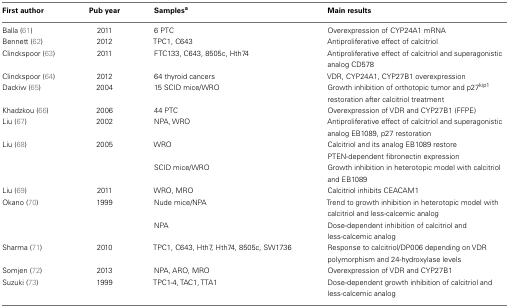
<table><thead><tr><td><b>First author</b></td><td><b>Pub year</b></td><td><b>Samples<sup>a</sup></b></td><td><b>Main results</b></td></tr></thead><tbody><tr><td>Balla (61)</td><td>2011</td><td>6 PTC</td><td>Overexpression of CYP24A1 mRNA</td></tr><tr><td>Bennett (62)</td><td>2012</td><td>TPC1, C643</td><td>Antiproliferative effect of calcitriol</td></tr><tr><td>Clinckspoor (63)</td><td>2011</td><td>FTC133, C643, 8505c, Hth74</td><td>Antiproliferative effect of calcitriol and superagonistic analog CD578</td></tr><tr><td>Clinckspoor (64)</td><td>2012</td><td>64 thyroid cancers</td><td>VDR, CYP24A1, CYP27B1 overexpression</td></tr><tr><td>Dackiw (65)</td><td>2004</td><td>15 SCID mice/WRO</td><td>Growth inhibition of orthotopic tumor and p27<sup>kip1</sup> restoration after calcitriol treatment</td></tr><tr><td>Khadzkou (66)</td><td>2006</td><td>44 PTC</td><td>Overexpression of VDR and CYP27B1 (FFPE)</td></tr><tr><td>Liu (67)</td><td>2002</td><td>NPA, WRO</td><td>Antiproliferative effect of calcitriol and superagonistic analog EB1089, p27 restoration</td></tr><tr><td>Liu (68)</td><td>2005</td><td>WRO</td><td>Calcitriol and its analog EB1089 restore PTEN-dependent fibronectin expression</td></tr><tr><td></td><td></td><td>SCID mice/WRO</td><td>Growth inhibition in heterotopic model with calcitriol and EB1089</td></tr><tr><td>Liu (69)</td><td>2011</td><td>WRO, MRO</td><td>Calcitriol inhibits CEACAM1</td></tr><tr><td>Okano (70)</td><td>1999</td><td>Nude mice/NPA</td><td>Trend to growth inhibition in heterotopic model with calcitriol and less-calcemic analog</td></tr><tr><td></td><td></td><td>NPA</td><td>Dose-dependent inhibition of calcitriol and less-calcemic analog</td></tr><tr><td>Sharma (71)</td><td>2010</td><td>TPC1, C643, Hth7, Hth74, 8505c, SW1736</td><td>Response to calcitriol/DP006 depending on VDR polymorphism and 24-hydroxylase levels</td></tr><tr><td>Somjen (72)</td><td>2013</td><td>NPA, ARO, MRO</td><td>Overexpression of VDR and CYP27B1</td></tr><tr><td>Suzuki (73)</td><td>1999</td><td>TPC1-4, TAC1, TTA1</td><td>Dose-dependent growth inhibition of calcitriol and less-calcemic analog</td></tr></tbody></table>